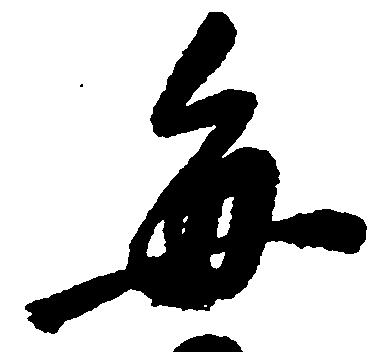
毎